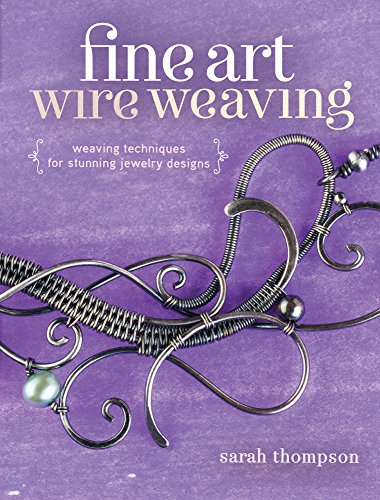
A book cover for Fine Art Wire Weaving: Weaving Techniques for Stunning Jewelry Designs; Sarah Thompson; Crafts, Hobbies & Home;